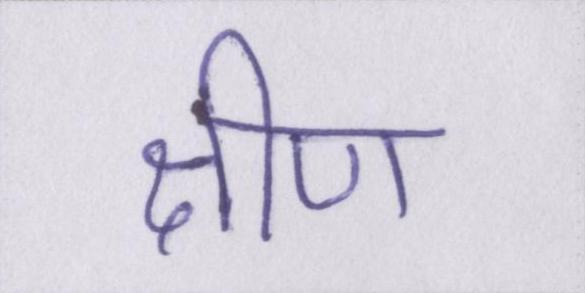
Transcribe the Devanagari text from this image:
क्षीण